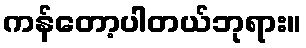
ကန်တော့ပါတယ်ဘုရား။